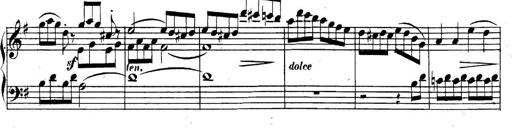
Title: Collected Piano Sonatas
Composer: Muzio Clementi